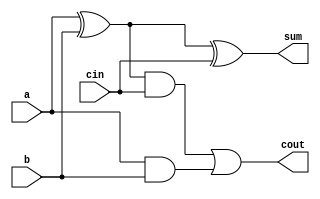
module full_adder(a,b,cin, sum, cout);
	input a,b,cin;
	output sum,cout;
	wire [2:0] nIn;
	xor xor1(nIn[0],a,b);
	xor xor2(sum,nIn[0],cin);
	and and3(nIn[1],nIn[0],cin);
	and and4(nIn[2],a,b);
	or or5(cout,nIn[1],nIn[2]);
endmodule